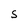
Character: S